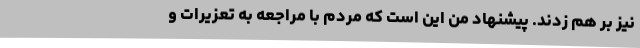
نیز بر هم زدند. پیشنهاد من این است که مردم با مراجعه به تعزیرات و